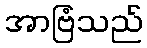
အာဗြံသည်